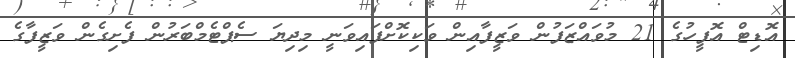
އޮޑިޓް އޮފީހުގެ 21 މުވައްޒަފުން ވަޒީފާއިން ވަކިކޮށްފައިވަނީ މިދިޔަ ސެޕްޓެމްބަރުން ފެށިގެން ވަޒީފާގެ